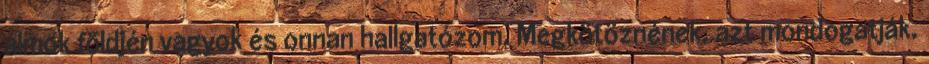
álmok földjén vagyok és onnan hallgatózom. Megkötöznének, azt mondogatják.